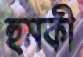
হুমকী